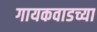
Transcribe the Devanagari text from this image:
गायकवाडच्या